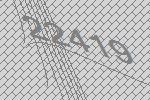
22419